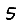
Digit: 5